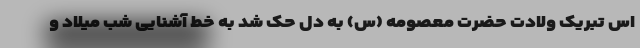
اس تبریک ولادت حضرت معصومه (س) به دل حک شد به خط آشنایی شب میلاد و